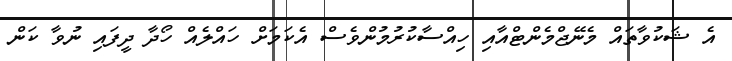
އެ ޝަކުވާތައް މެނޭޖްމެންޓްއާއި ހިއްސާކުރުމުންވެސް އެކަމަށް ހައްލެއް ހޯދާ ދީފައި ނުވާ ކަން